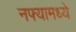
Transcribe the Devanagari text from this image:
नफ्यामध्ये